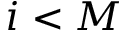
i < M